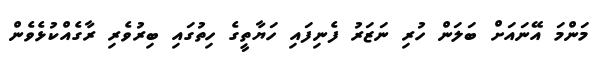
މަންމަ އޭނައަށް ބަލަން ހުރި ނަޒަރު ފެނިފައި ހަޔާތީގެ ހިތުގައި ބިރުވެރި ރާގެއްކުޅެވެން